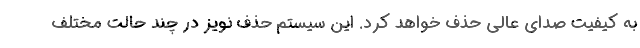
به کیفیت صدای عالی حذف خواهد کرد. این سیستم حذف نویز در چند حالت مختلف